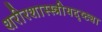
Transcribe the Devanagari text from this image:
शरीरशास्स्त्रीयदृष्ट्या